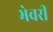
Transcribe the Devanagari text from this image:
भेवरी